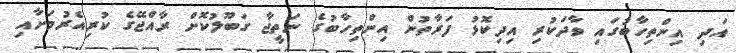
އަދި އިންތިހާބުގައި ވާދަކުރި އިދިކޮޅު ފަރާތުން އިންތިހާބުގެ ނަތީޖާ ގަބޫލުކޮށް ރާއްޖޭގެ ކުރިއެރުމަށާއި